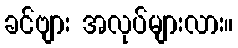
ခင်ဗျား အလုပ်များလား။